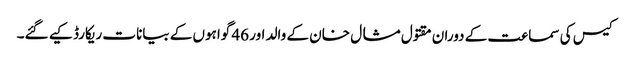
کیس کی سماعت کے دوران مقتول مشال خان کے والد اور 46 گواہوں کے بیانات ریکارڈ کیے گئے۔